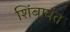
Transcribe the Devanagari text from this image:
शिंबावंत